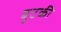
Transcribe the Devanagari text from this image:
बुटकी